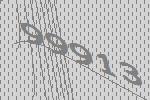
99913